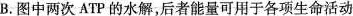
B.图中两次ATP的水解，后者能量可用于各项生命活动